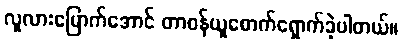
လူလားမြောက်အောင် တာဝန်ယူစောက်ရှောက်ခဲ့ပါတယ်။